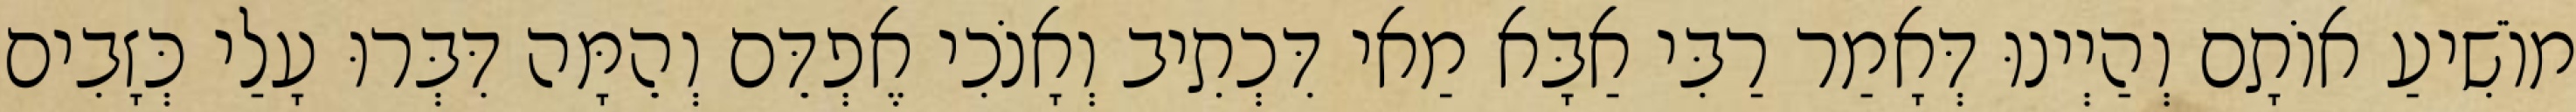
מוֹשִׁיעַ אוֹתָם וְהַיְינוּ דְּאָמַר רַבִּי אַבָּא מַאי דִּכְתִיב וְאָנֹכִי אֶפְדֵּם וְהֵמָּה דִּבְּרוּ עָלַי כְּזָבִים